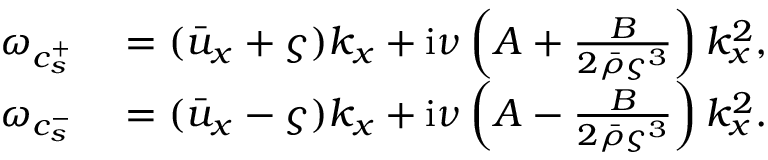
\begin{array} { r l } { \omega _ { c _ { s } ^ { + } } } & { { } = ( \bar { u } _ { x } + \varsigma ) k _ { x } + \mathrm { i } \nu \left( A + \frac { B } { 2 \bar { \rho } \varsigma ^ { 3 } } \right) k _ { x } ^ { 2 } , } \\ { \omega _ { c _ { s } ^ { - } } } & { { } = ( \bar { u } _ { x } - \varsigma ) k _ { x } + \mathrm { i } \nu \left( A - \frac { B } { 2 \bar { \rho } \varsigma ^ { 3 } } \right) k _ { x } ^ { 2 } . } \end{array}